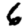
Digit: 6